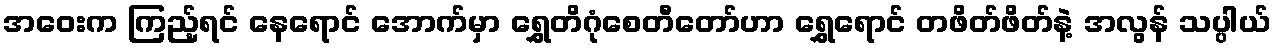
အဝေးက ကြည့်ရင် နေရောင် အောက်မှာ ရွှေတိဂုံစေတီတော်ဟာ ရွှေရောင် တဖိတ်ဖိတ်နဲ့ အလွန် သပ္ပါယ်